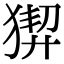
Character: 𤟻